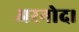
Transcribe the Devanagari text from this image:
अरनोद।